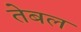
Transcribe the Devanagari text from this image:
तेबल